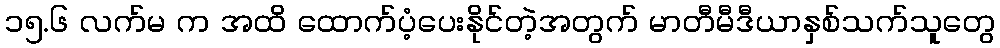
၁၅.၆ လက်မ က အထိ ထောက်ပံ့ပေးနိုင်တဲ့အတွက် မာတီမီဒီယာနှစ်သက်သူတွေ